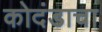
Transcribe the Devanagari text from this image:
कोदंडाचा